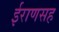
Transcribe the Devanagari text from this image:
ईराणसह